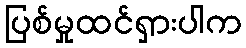
ပြစ်မှုထင်ရှားပါက